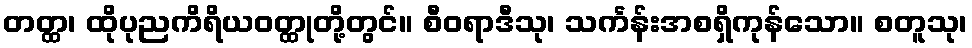
တတ္ထ၊ ထိုပုညကိရိယဝတ္ထုတို့တွင်။ စီဝရာဒီသု၊ သင်္ကန်းအစရှိကုန်သော။ စတူသု၊